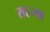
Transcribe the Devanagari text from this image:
सहज्या